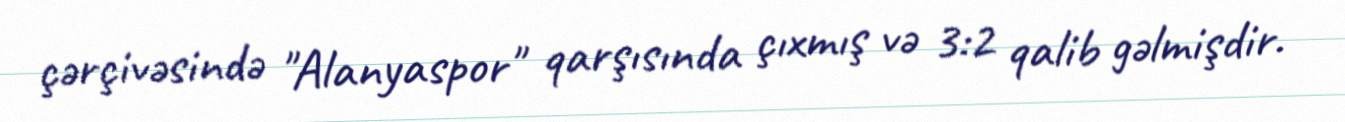
çərçivəsində "Alanyaspor" qarşısında çıxmış və 3:2 qalib gəlmişdir.